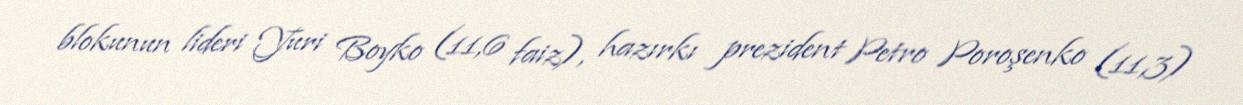
blokunun lideri Yuri Boyko (11,6 faiz), hazırkı prezident Petro Poroşenko (11,3)